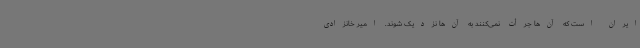
ایران است که آن‌ها جرأت نمی‌کنند به آن‌ها نزدیک شوند. امیر خانزادی